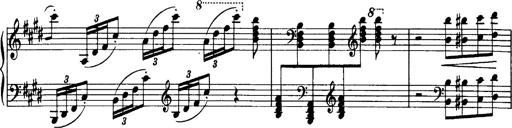
Title: OuvertÃ¼re zu TannhÃ¤user
Composer: Franz Liszt